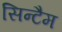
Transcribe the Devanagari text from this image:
सिन्टैम